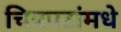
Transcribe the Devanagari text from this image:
चित्रपटांमधे